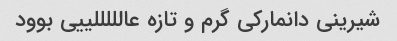
شیرینی دانمارکی گرم و تازه عالللللییی بوود